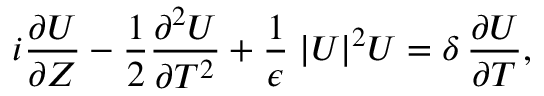
i \frac { \partial U } { \partial Z } - \frac { 1 } { 2 } \frac { \partial ^ { 2 } U } { \partial T ^ { 2 } } + \frac { 1 } { \epsilon } \; | U | ^ { 2 } U = \delta \, \frac { \partial U } { \partial T } ,